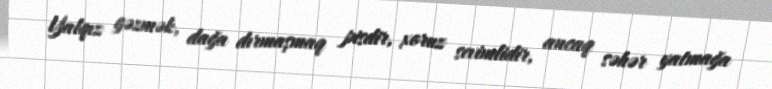
Yalqız gəzmək, dağa dırmaşmaq pisdir, xoruz sevimlidir, ancaq səhər yatmağa